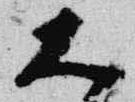
大